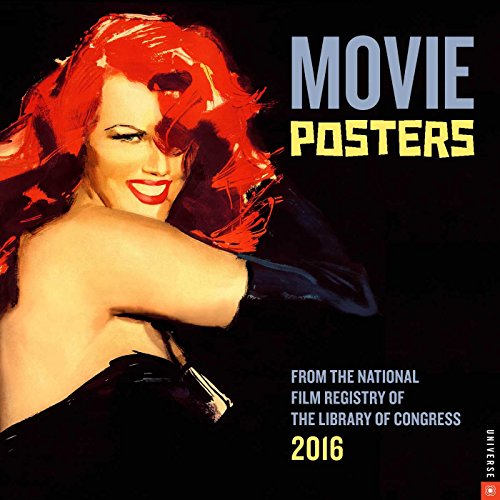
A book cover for Movie Posters 2016 Wall Calendar: From the National Film Registry of the Library of Congress; National Film Registry of the Library of Congress; Calendars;